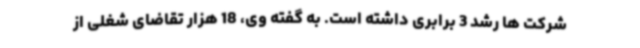
شرکت ها رشد 3 برابری داشته است. به گفته وی، 18 هزار تقاضای شغلی از